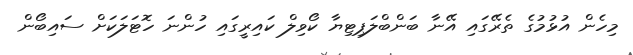
މިހެން އުޅުމުގެ ތެރޭގައި އޭނާ ބަންބްލަޕިޓިޔާ ކޯވިލް ކައިރީގައި ހުންނަ ހޮޓަލަކަށް ސައިބޯން